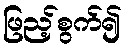
ဖြည့်စွက်၍